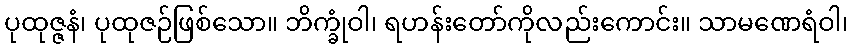
ပုထုဇ္ဇနံ၊ ပုထုဇဉ်ဖြစ်သော။ ဘိက္ခုံဝါ၊ ရဟန်းတော်ကိုလည်းကောင်း။ သာမဏေရံဝါ၊